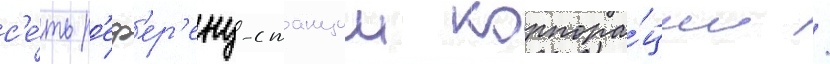
с'е́ть р'еф'ер'енц-станции корпора́ции /